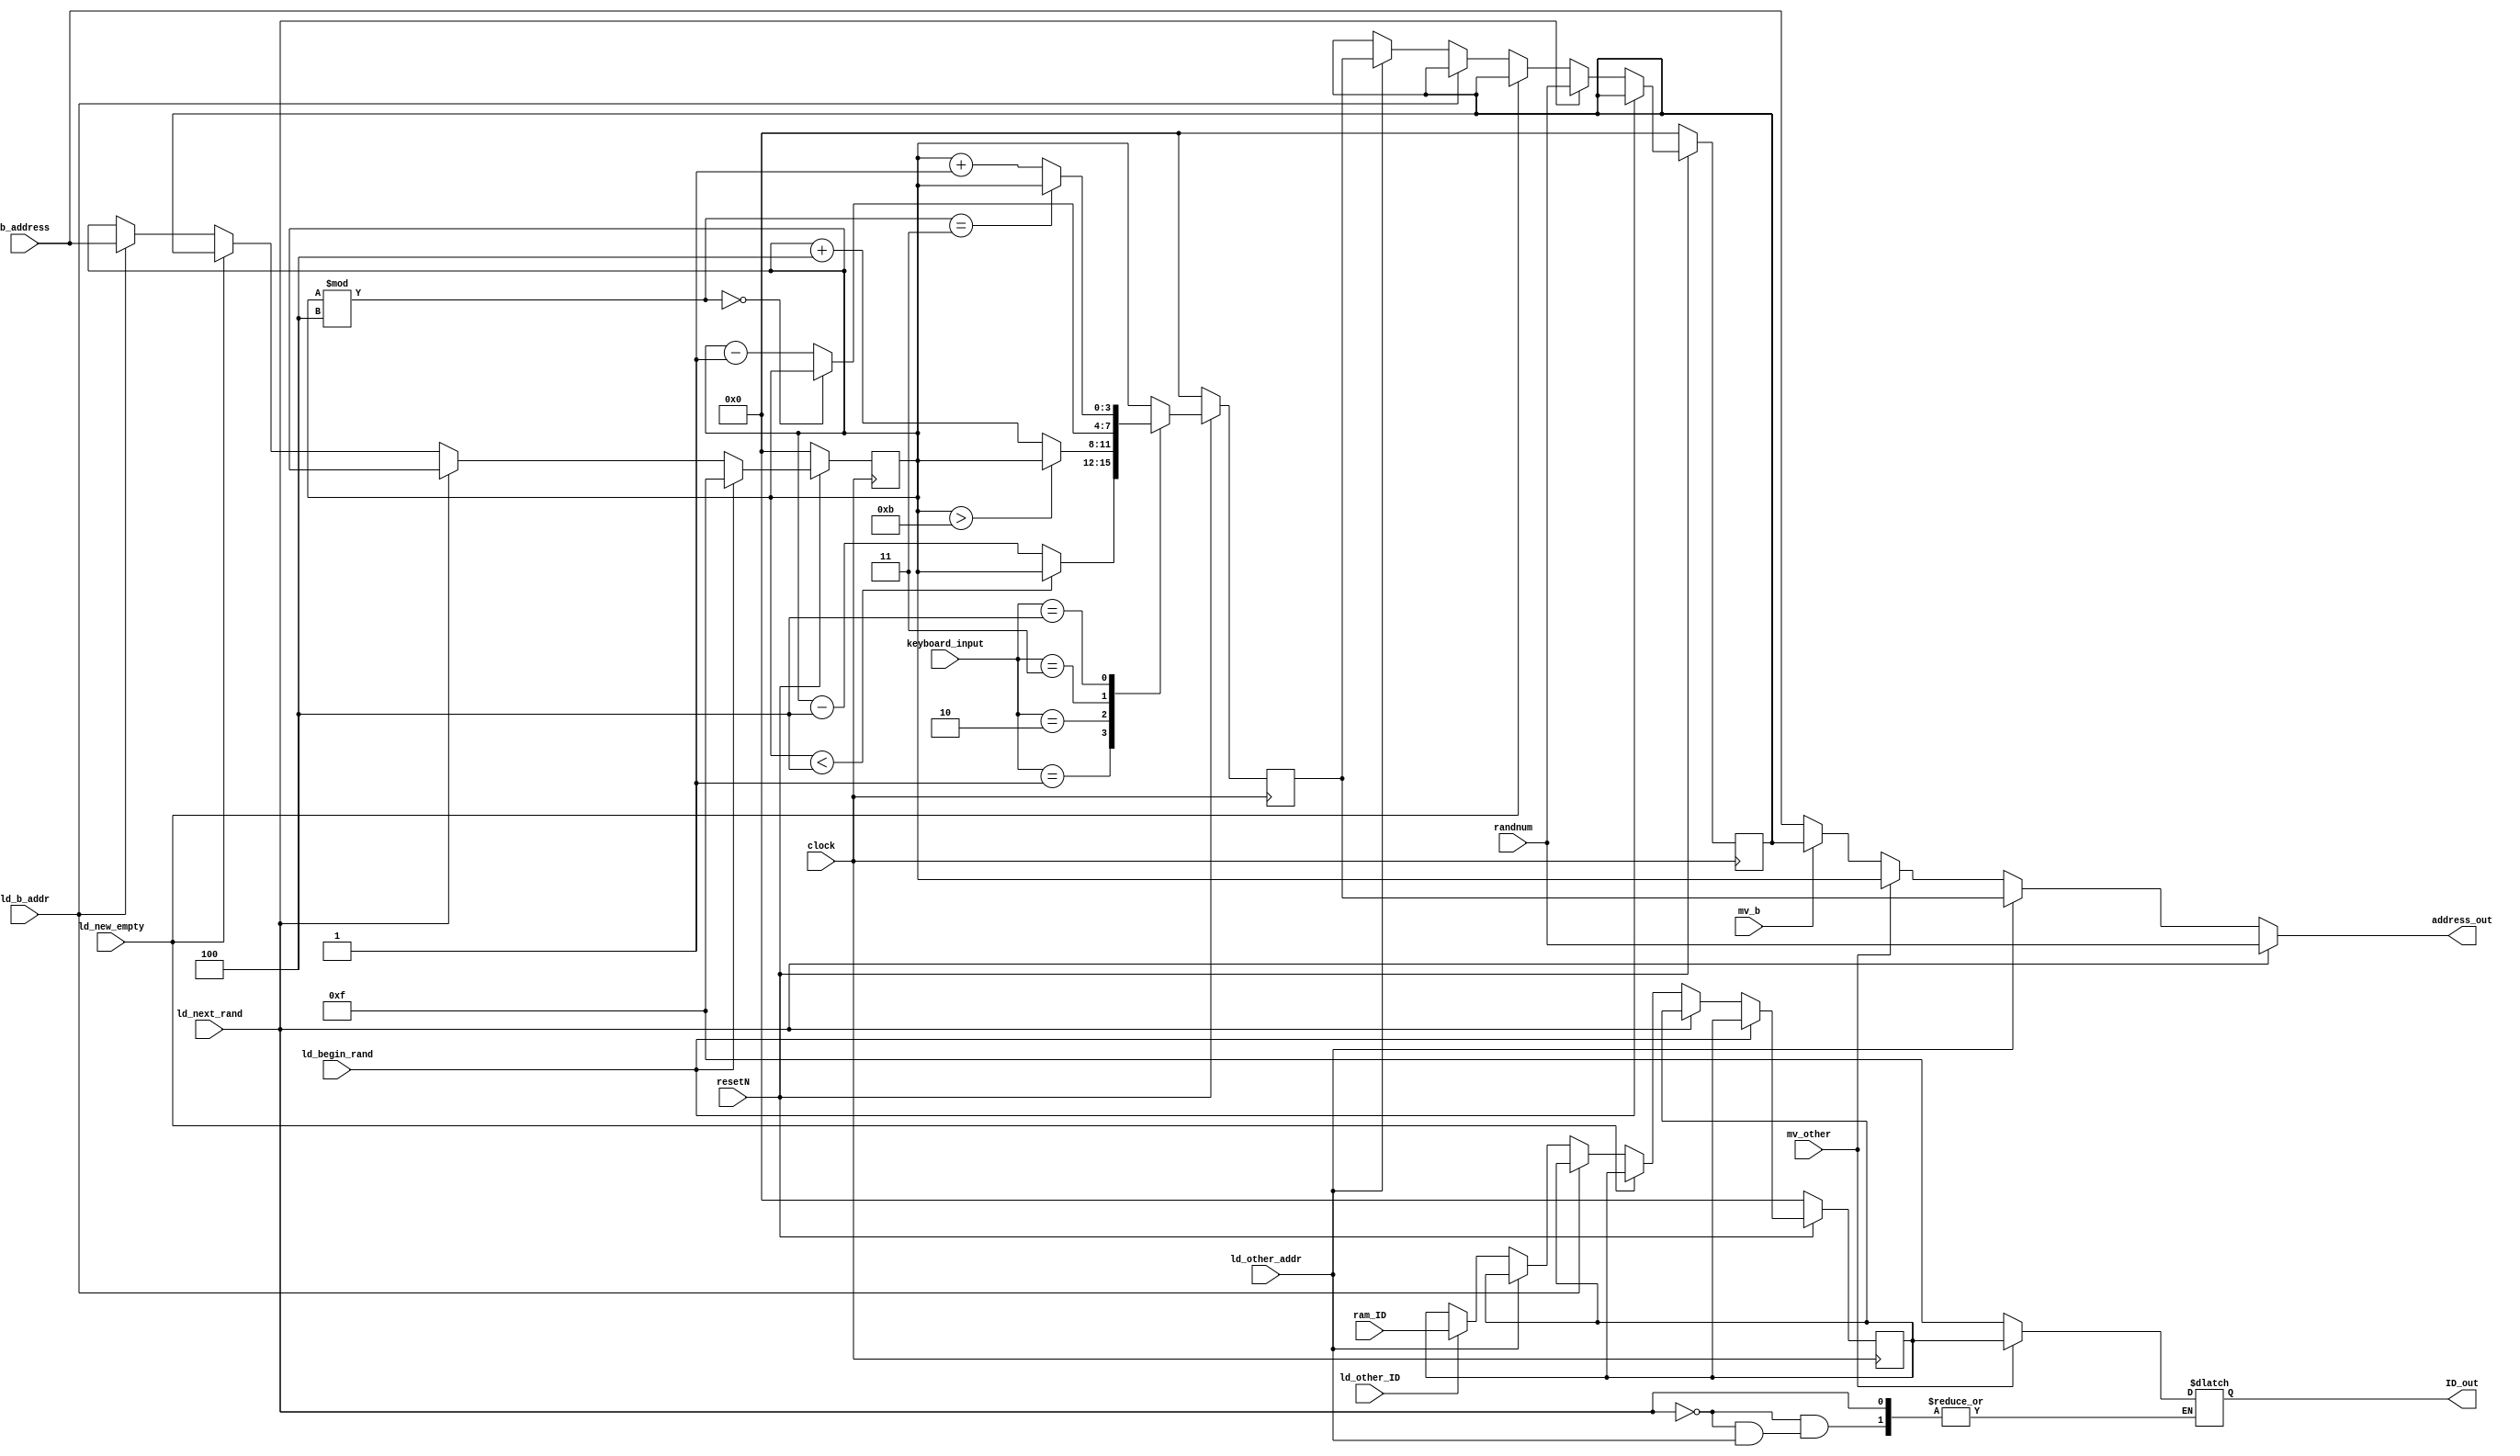
module gameLogic_datapath(
	input clock, resetN,
	input [2:0] keyboard_input,
	input [3:0] b_address,
					ram_ID,
	input [3:0] randnum,
	input ld_begin_rand,
			ld_next_rand,
			ld_new_empty,
			ld_b_addr,
			ld_other_addr,
			ld_other_ID,
			mv_other,
			mv_b,
				  
	output reg [3:0] address_out,
						  ID_out
	);
	
	localparam direction_no_input	= 3'd0,
				  direction_up			= 3'd1,
				  direction_down		= 3'd2,
				  direction_left		= 3'd3,
				  direction_right		= 3'd4;
	
	reg [3:0] other_address,
				 Q_b_addr,
				 Q_other_addr,
				 Q_other_ID;
	
	//Registers 
	always@(posedge clock) begin
		if(~resetN) begin
			other_address	<= 4'b0000;
			Q_b_addr 		<= 4'b0000;
			Q_other_addr 	<= 4'b0000;
			Q_other_ID 		<= 4'b0000;
		end
		else begin
			//Need new register logic
			//1. Q_b_addr <= 4'b1111
			//2. Q_other_addr <= rand
			//3. already exists (ld_other_ID)
			//5. Q_b_addr <= Q_other_addr;
			if(ld_begin_rand)
				Q_b_addr <= 4'b1111;
				
			else if(ld_next_rand)
				Q_other_addr <= randnum;
			
			else if(ld_new_empty)
				Q_b_addr <= Q_other_addr;
			
			else if(ld_b_addr)
				Q_b_addr <= b_address;
			
			else if(ld_other_addr)
				Q_other_addr <= other_address;
			
			else if(ld_other_ID)
				Q_other_ID <= ram_ID;
			
			
			case(keyboard_input)			
				direction_no_input: begin
					other_address <= Q_b_addr;
				end
				
				direction_up: begin
					if(Q_b_addr < 4'd4)
						other_address <= Q_b_addr;
					else
						other_address <= Q_b_addr - 4;
				end
				
				direction_down: begin
					if(Q_b_addr > 4'd11) 
						other_address <= Q_b_addr;
					else
						other_address <= Q_b_addr + 4;
				end
				
				direction_left: begin
					if(Q_b_addr % 4 == 0)
						other_address <= Q_b_addr;
					else
						other_address <= Q_b_addr - 1;
				end
				
				direction_right: begin
					if(Q_b_addr % 4 == 3)
						other_address <= Q_b_addr;
					else
						other_address <= Q_b_addr + 1;
				end
				
				default: other_address <= Q_b_addr;
				
			endcase
			
		end
	end
	
	//Output logic
	always@(*) begin
		//need new output logic
		//2. address_out = rand
		//4. already exists (mv_other)
		//7. already exists (mv_b)
		if(ld_next_rand) begin
		
			address_out = randnum;
		
		end
		else if(ld_other_addr) begin
		
			address_out = other_address;
			
		end
		else if(mv_other) begin
		
			address_out = Q_b_addr;
			ID_out = Q_other_ID;
			
		end
		else if(mv_b) begin
		
			address_out = Q_other_addr;
			ID_out = 4'b1111;
			
		end
		else begin
			address_out = b_address;
			ID_out = 4'b1111;
		end
	end
	
endmodule

// im assuming the the different colours/pictures are tied to each id